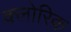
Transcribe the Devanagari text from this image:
क्लोरिक